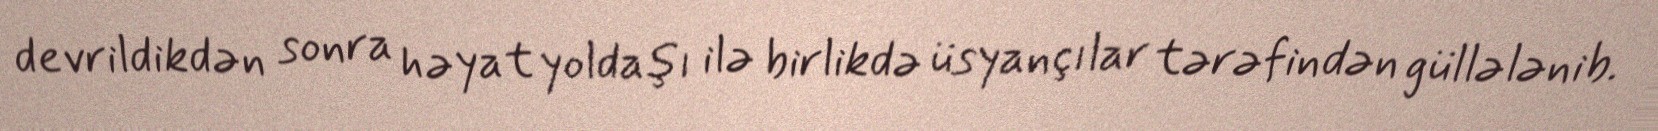
devrildikdən sonra həyat yoldaşı ilə birlikdə üsyançılar tərəfindən güllələnib.